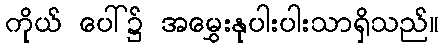
ကိုယ် ပေါ်၌ အမွှေးနုပါးပါးသာရှိသည်။